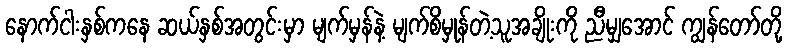
နောက်ငါးနှစ်ကနေ ဆယ်နှစ်အတွင်းမှာ မျက်မှန်နဲ့ မျက်စိမှုန်တဲ့သူအချိုးကို ညီမျှအောင် ကျွန်တော်တို့